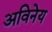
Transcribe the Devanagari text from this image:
अविनेय